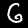
Digit: 6